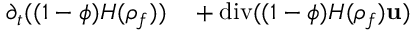
\begin{array} { r l } { \partial _ { t } ( ( 1 - \phi ) { H } ( { \rho } _ { f } ) ) } & { { } + \mathrm { d i v } ( ( 1 - \phi ) { H } ( { \rho } _ { f } ) { \bf u } ) } \end{array}